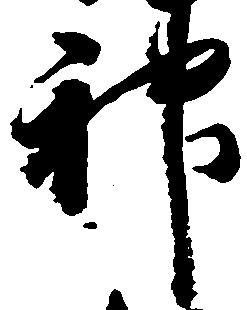
神